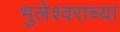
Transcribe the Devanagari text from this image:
भुलेश्वराच्या